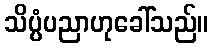
သိပ္ပံပညာဟုခေါ်သည်။